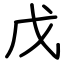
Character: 戊